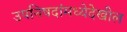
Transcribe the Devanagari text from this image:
उपनिषदांमध्येदेखील